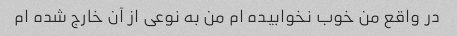
در واقع من خوب نخوابیده ام من به نوعی از آن خارج شده ام